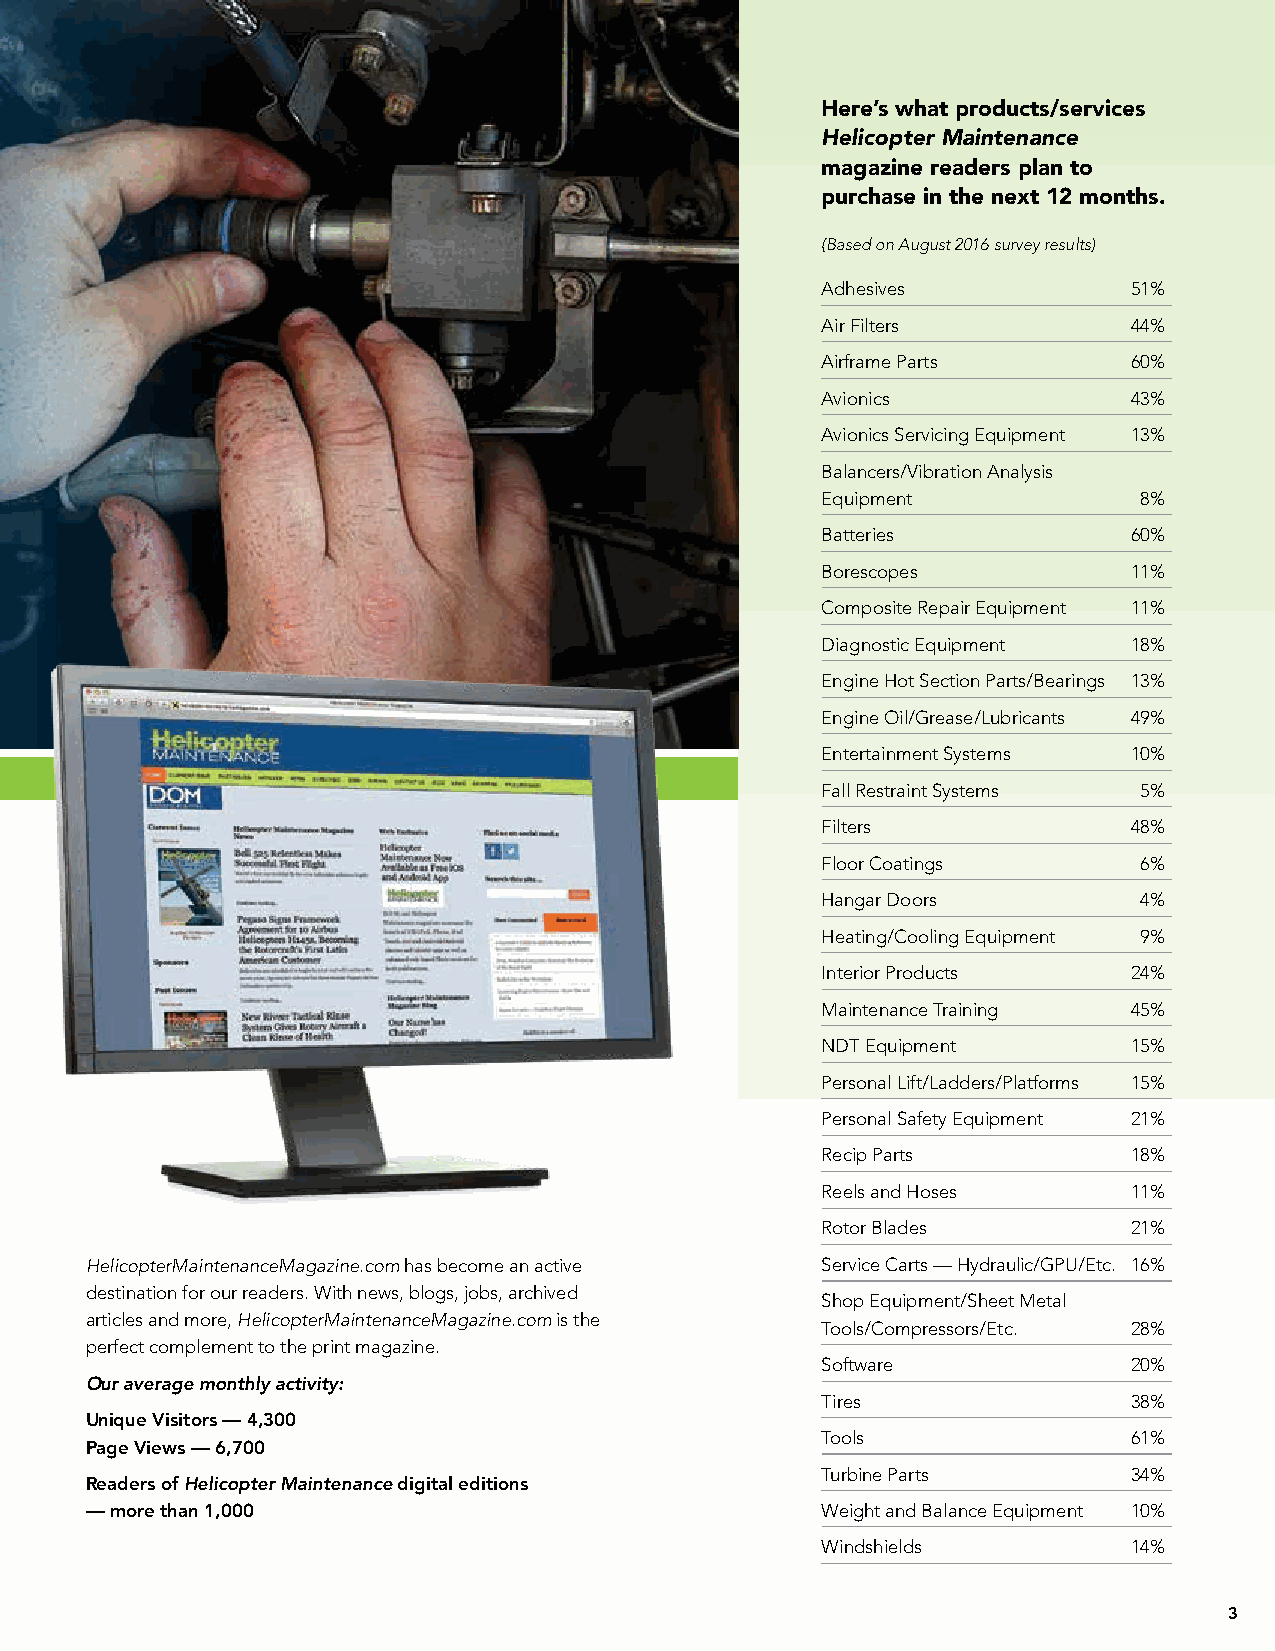
Here’s what products/services
 Helicopter Maintenance
 magazine readers plan to
 purchase in the next 12 months.
 (Based on August 2016 survey results)
 Adhesives            51%
 Air Filters          44%
 Airframe Parts       60%
 Avionics             43%
 Avionics Servicing Equipment 13%
 Balancers/Vibration Analysis
 Equipment             8%
 Batteries            60%
 Borescopes           11%
 Composite Repair Equipment 11%
 Diagnostic Equipment 18%
 Engine Hot Section Parts/Bearings 13%
 Engine Oil/Grease/Lubricants 49%
 Entertainment Systems 10%
 Fall Restraint Systems 5%
 Filters              48%
 Floor Coatings        6%
 Hangar Doors          4%
 Heating/Cooling Equipment 9%
 Interior Products    24%
 Maintenance Training 45%
 NDT Equipment        15%
 Personal Lift/Ladders/Platforms 15%
 Personal Safety Equipment 21%
 Recip Parts          18%
 Reels and Hoses      11%
 Rotor Blades         21%
 HelicopterMaintenanceMagazine.com has become an active Service Carts — Hydraulic/GPU/Etc. 16%
 destination for our readers. With news, blogs, jobs, archived
 Shop Equipment/Sheet Metal
 articles and more, HelicopterMaintenanceMagazine.com is the
 Tools/Compressors/Etc. 28%
 perfect complement to the print magazine.
 Software             20%
 Our average monthly activity:
 Tires                38%
 Unique Visitors — 4,300
 Tools                61%
 Page Views — 6,700
 Turbine Parts        34%
 Readers of Helicopter Maintenance digital editions
 — more than 1,000                               Weight and Balance Equipment 10%
 Windshields          14%
 3